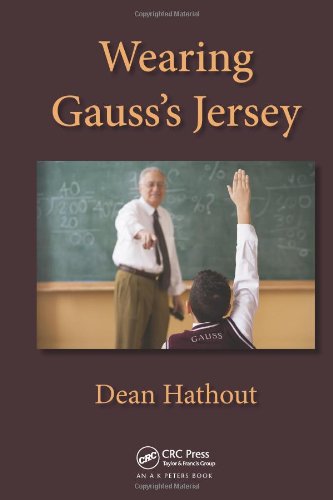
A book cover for Wearing Gauss's Jersey; Dean Hathout; Humor & Entertainment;